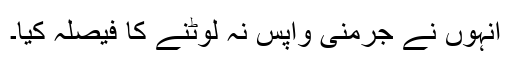
انہوں نے جرمنی واپس نہ لوٹنے کا فیصلہ کیا۔